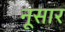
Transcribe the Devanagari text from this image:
नूसार